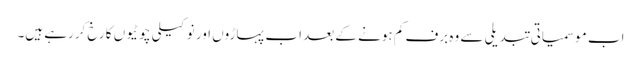
اب موسمیاتی تبدیلی سے وہ برف کم ہونے کے بعد اب پہاڑوں اور نوکیلی چوٹیوں کا رخ کررہے ہیں۔